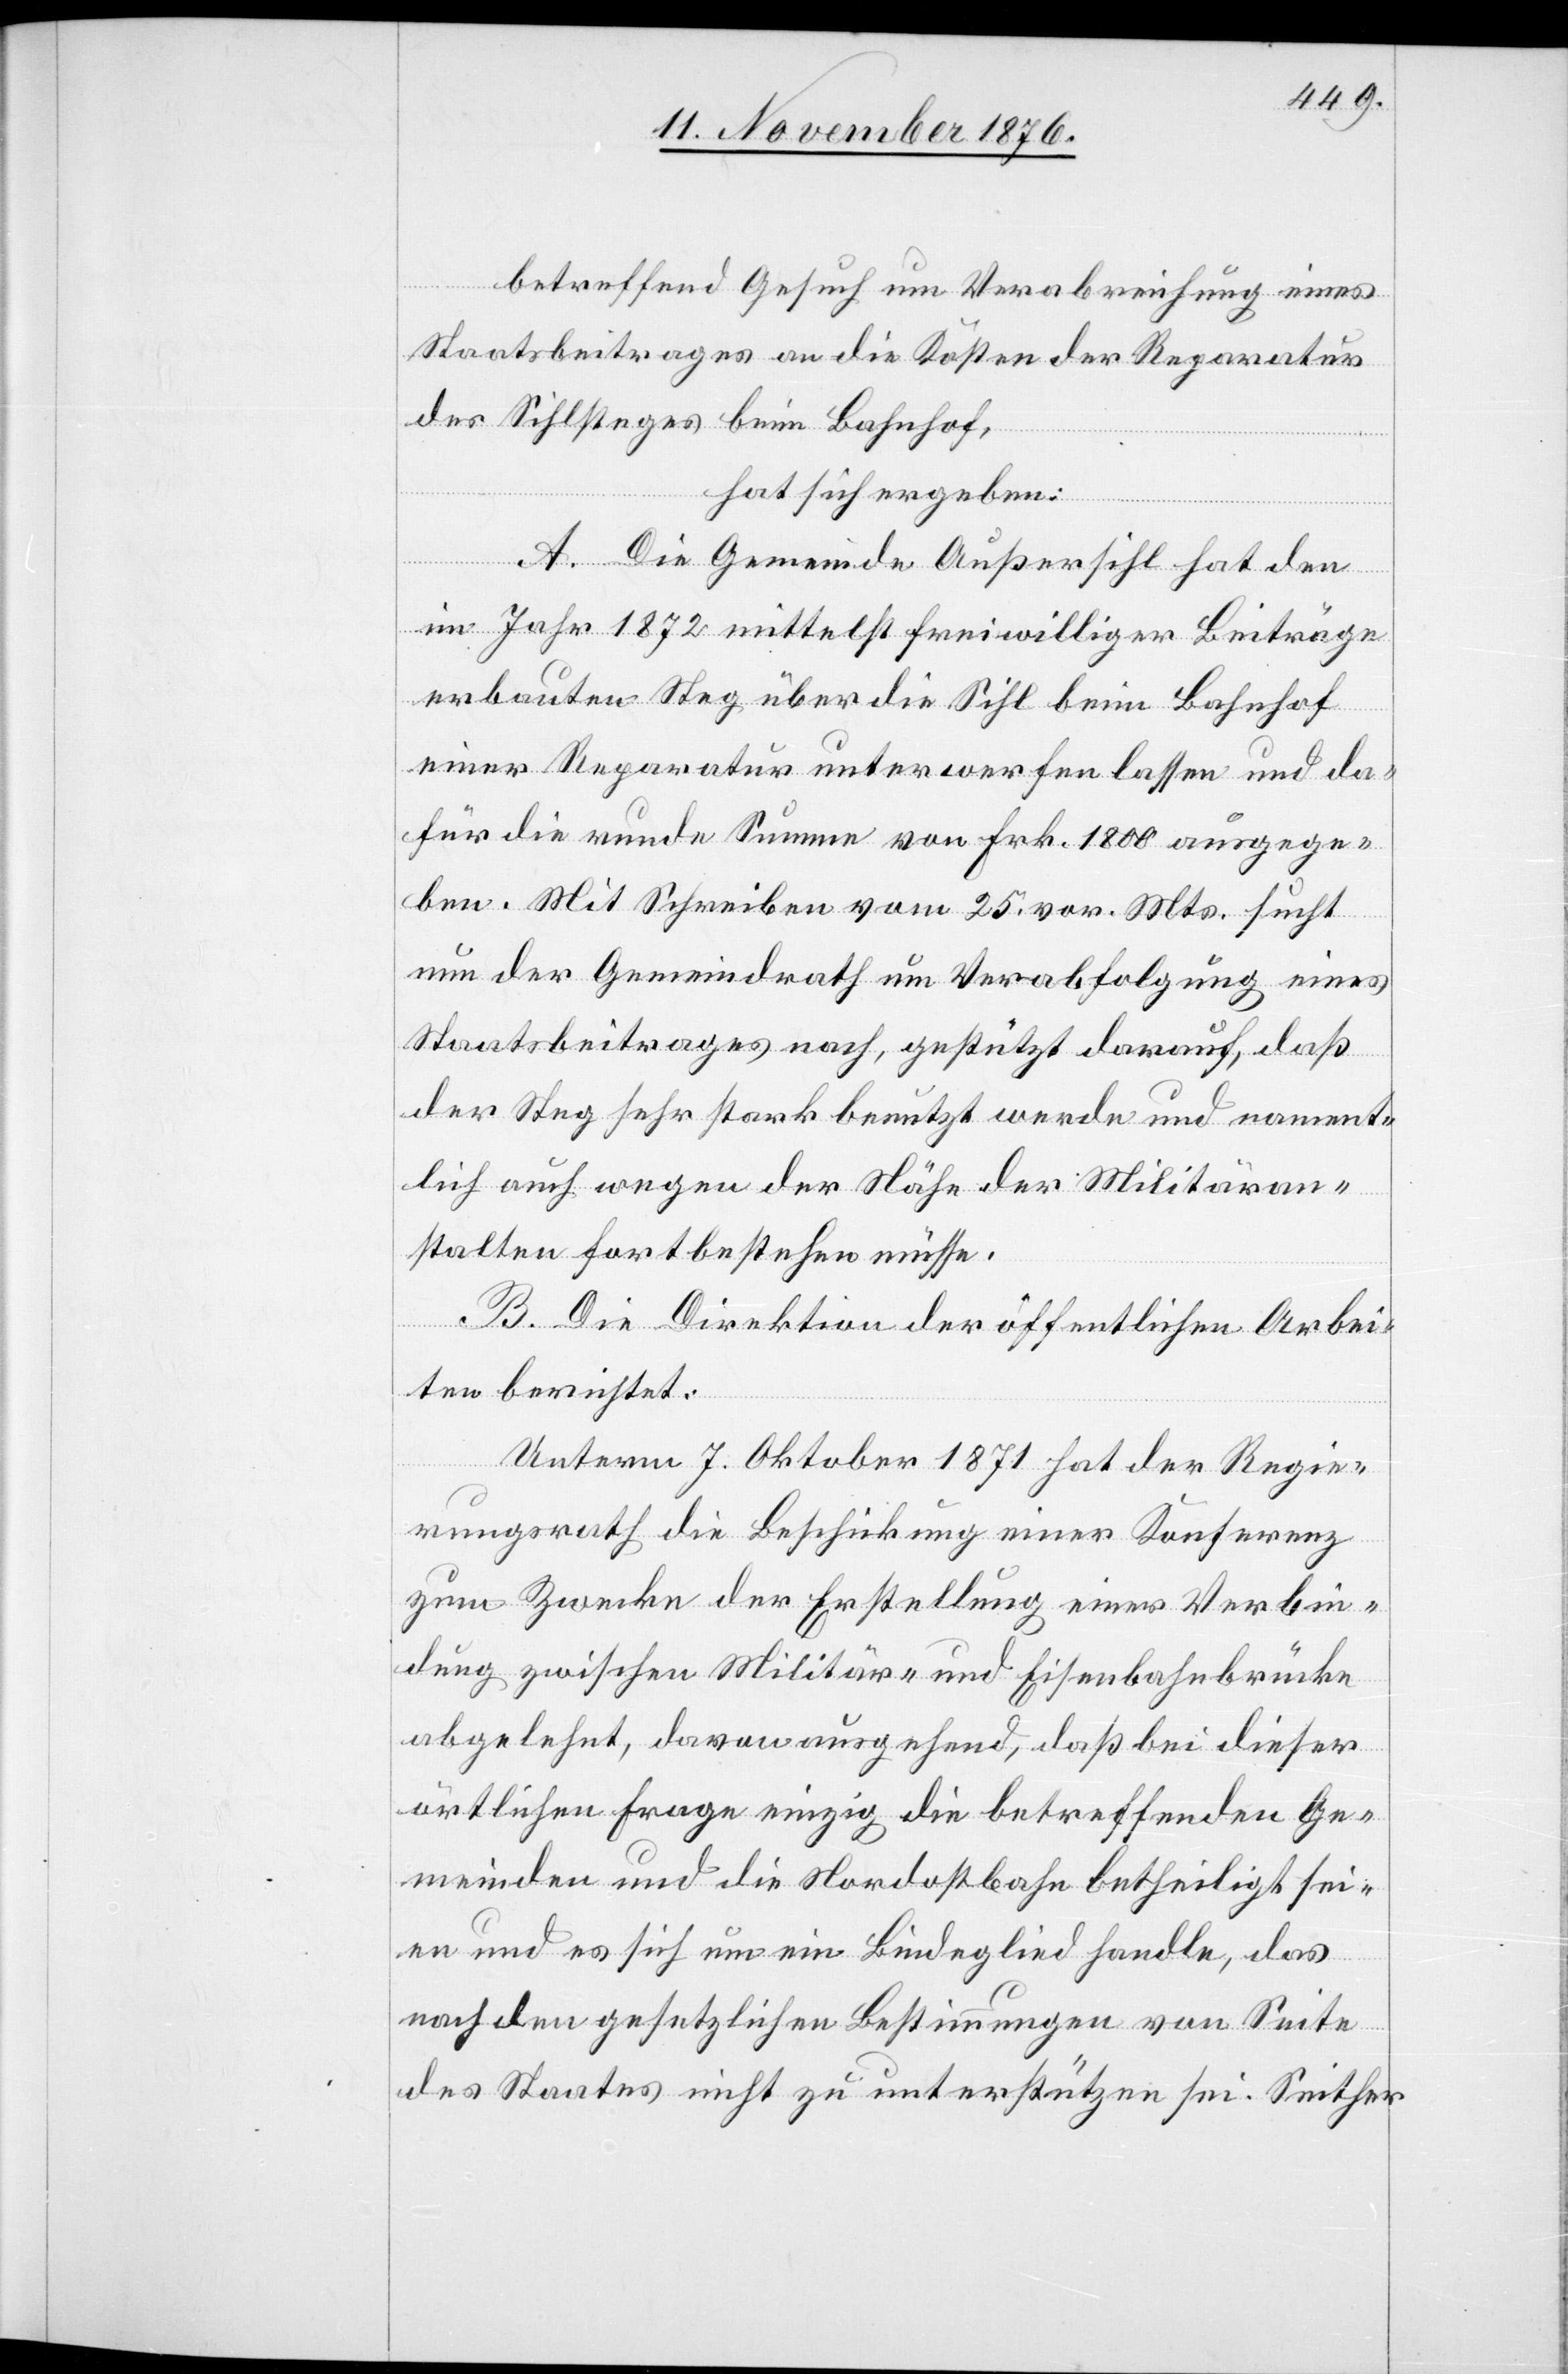
betreffend Gesuch um Verabreichung eines
Staatsbeitrages an die Kosten der Reparatur
des Sihlsteges beim Bahnhof,
hat sich ergeben:
A. Die Gemeinde Außersihl hat den
im Jahr 1872 mittelst freiwilliger Beiträge
erbauten Steg über die Sihl beim Bahnhof
einer Reparatur unterwerfen lassen und da¬
für die runde Summe von Frk. 1800 ausgege¬
ben. Mit Schreiben vom 25. vor. Mts. sucht
nun der Gemeindrath um Verabfolgung eines
Staatsbeitrages nach, gestützt darauf, daß
der Steg sehr stark benutzt werde und nament¬
lich auch wegen der Nähe der Militäran¬
stalten fortbestehen müsse.
B. Die Direktion der öffentlichen Arbei¬
ten berichtet:
Unterm 7. Oktober 1871 hat der Regie¬
rungsrath die Beschickung einer Konferenz
zum Zwecke der Erstellung einer Verbin¬
dung zwischen Militär- und Eisenbahnbrücke
abgelehnt, davon ausgehend, daß bei dieser
örtlichen Frage einzig die betreffenden Ge¬
meinden und die Nordostbahn betheiligt sei¬
en und es sich um ein Bindeglied handle, das
nach den gesetzlichen Bestimmungen von Seite
des Staates nicht zu unterstützen sei. Seither